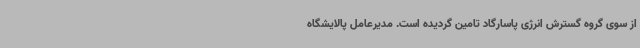
از سوی گروه گسترش انرژی پاسارگاد تامین گردیده است. مدیرعامل پالایشگاه